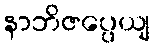
နာဘိဇပ္ပေယျ